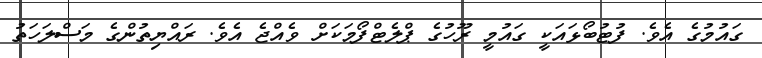
ގައުމުގެ އެވެ. ފުޓުބޯޅައަކީ ގައުމީ ރޫހުގެ ޕްލެޓްފޯމަކަށް ވެއްޖެ އެވެ. ރައްޔިތުންގެ މަސްލަހަތު